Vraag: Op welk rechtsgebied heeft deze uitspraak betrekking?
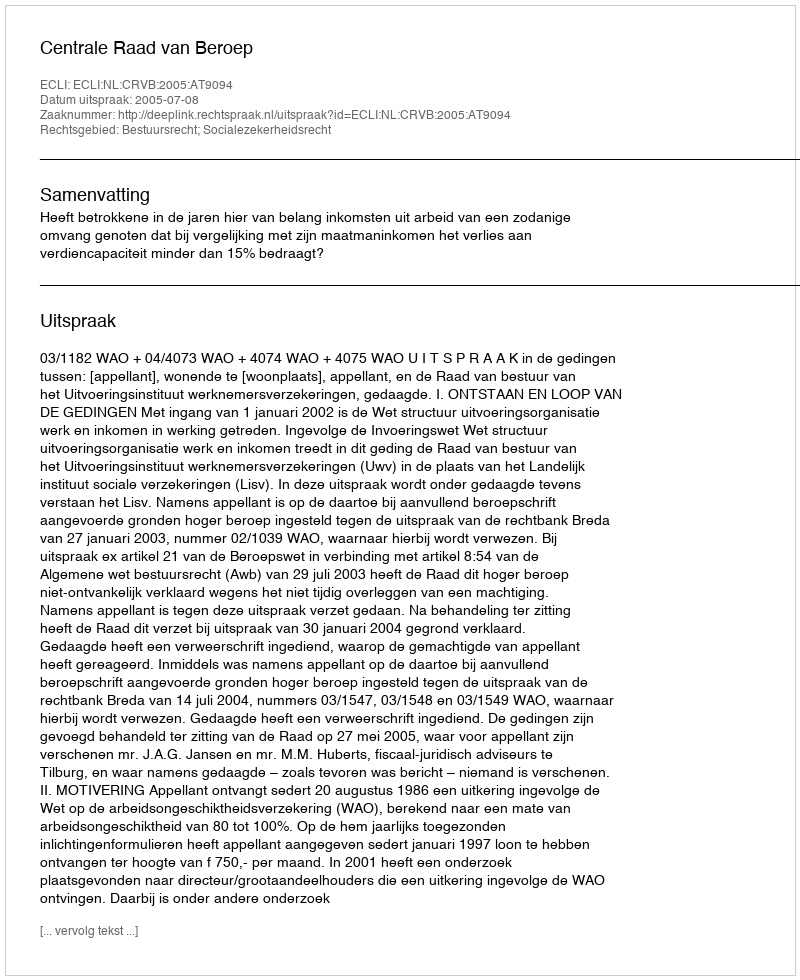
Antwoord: Bestuursrecht; Socialezekerheidsrecht